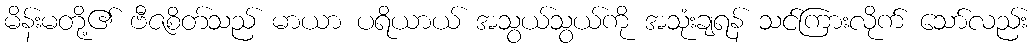
မိန်းမတို့၏ ဗီဇစိတ်သည် မာယာ ပရိယာယ် အသွယ်သွယ်ကို အသုံးချရန် သင်ကြားလိုက် သော်လည်း